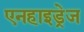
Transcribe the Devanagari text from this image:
एनहाइड्रेज